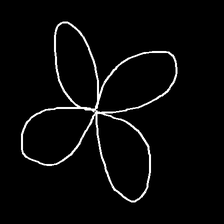
Glyph: billowing